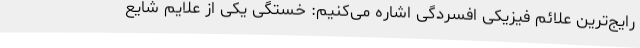
رایج‌ترین علائم فیزیکی افسردگی اشاره می‌کنیم: خستگی یکی از علایم شایع